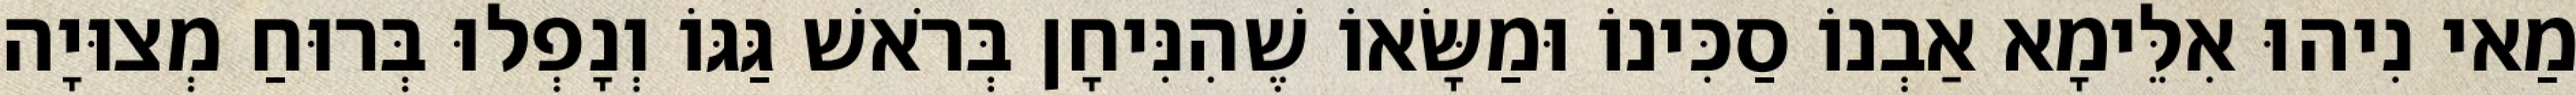
מַאי נִיהוּ אִלֵּימָא אַבְנוֹ סַכִּינוֹ וּמַשָּׂאוֹ שֶׁהִנִּיחָן בְּרֹאשׁ גַּגּוֹ וְנָפְלוּ בְּרוּחַ מְצוּיָה